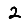
Digit: 2